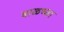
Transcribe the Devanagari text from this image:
बाळच्या